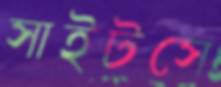
সাইটসে